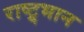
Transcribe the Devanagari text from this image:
राष्ट्र्भान